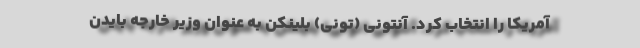
آمریکا را انتخاب کرد. آنتونی (تونی) بلینکن به عنوان وزیر خارجه بایدن